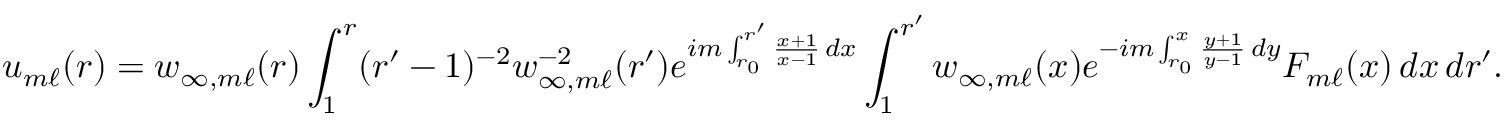
u _ { m \ell } ( r ) = w _ { \infty , m \ell } ( r ) \int _ { 1 } ^ { r } ( r ^ { \prime } - 1 ) ^ { - 2 } w _ { \infty , m \ell } ^ { - 2 } ( r ^ { \prime } ) e ^ { i m \int _ { r _ { 0 } } ^ { r ^ { \prime } } \frac { x + 1 } { x - 1 } \, d x } \int _ { 1 } ^ { r ^ { \prime } } w _ { \infty , m \ell } ( x ) e ^ { - i m \int _ { r _ { 0 } } ^ { x } \frac { y + 1 } { y - 1 } \, d y } F _ { m \ell } ( x ) \, d x \, d r ^ { \prime } .